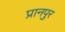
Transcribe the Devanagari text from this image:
प्रानपुर